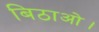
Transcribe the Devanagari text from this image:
बिठाओ।